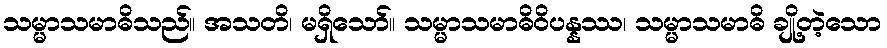
သမ္မာသမာဓိသည်။ အသတိ၊ မရှိသော်။ သမ္မာသမာဓိဝိပန္နဿ၊ သမ္မာသမာဓိ ချို့တဲ့သော